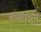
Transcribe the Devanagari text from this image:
बोळाच्या